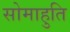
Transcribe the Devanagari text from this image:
सोमाहुति